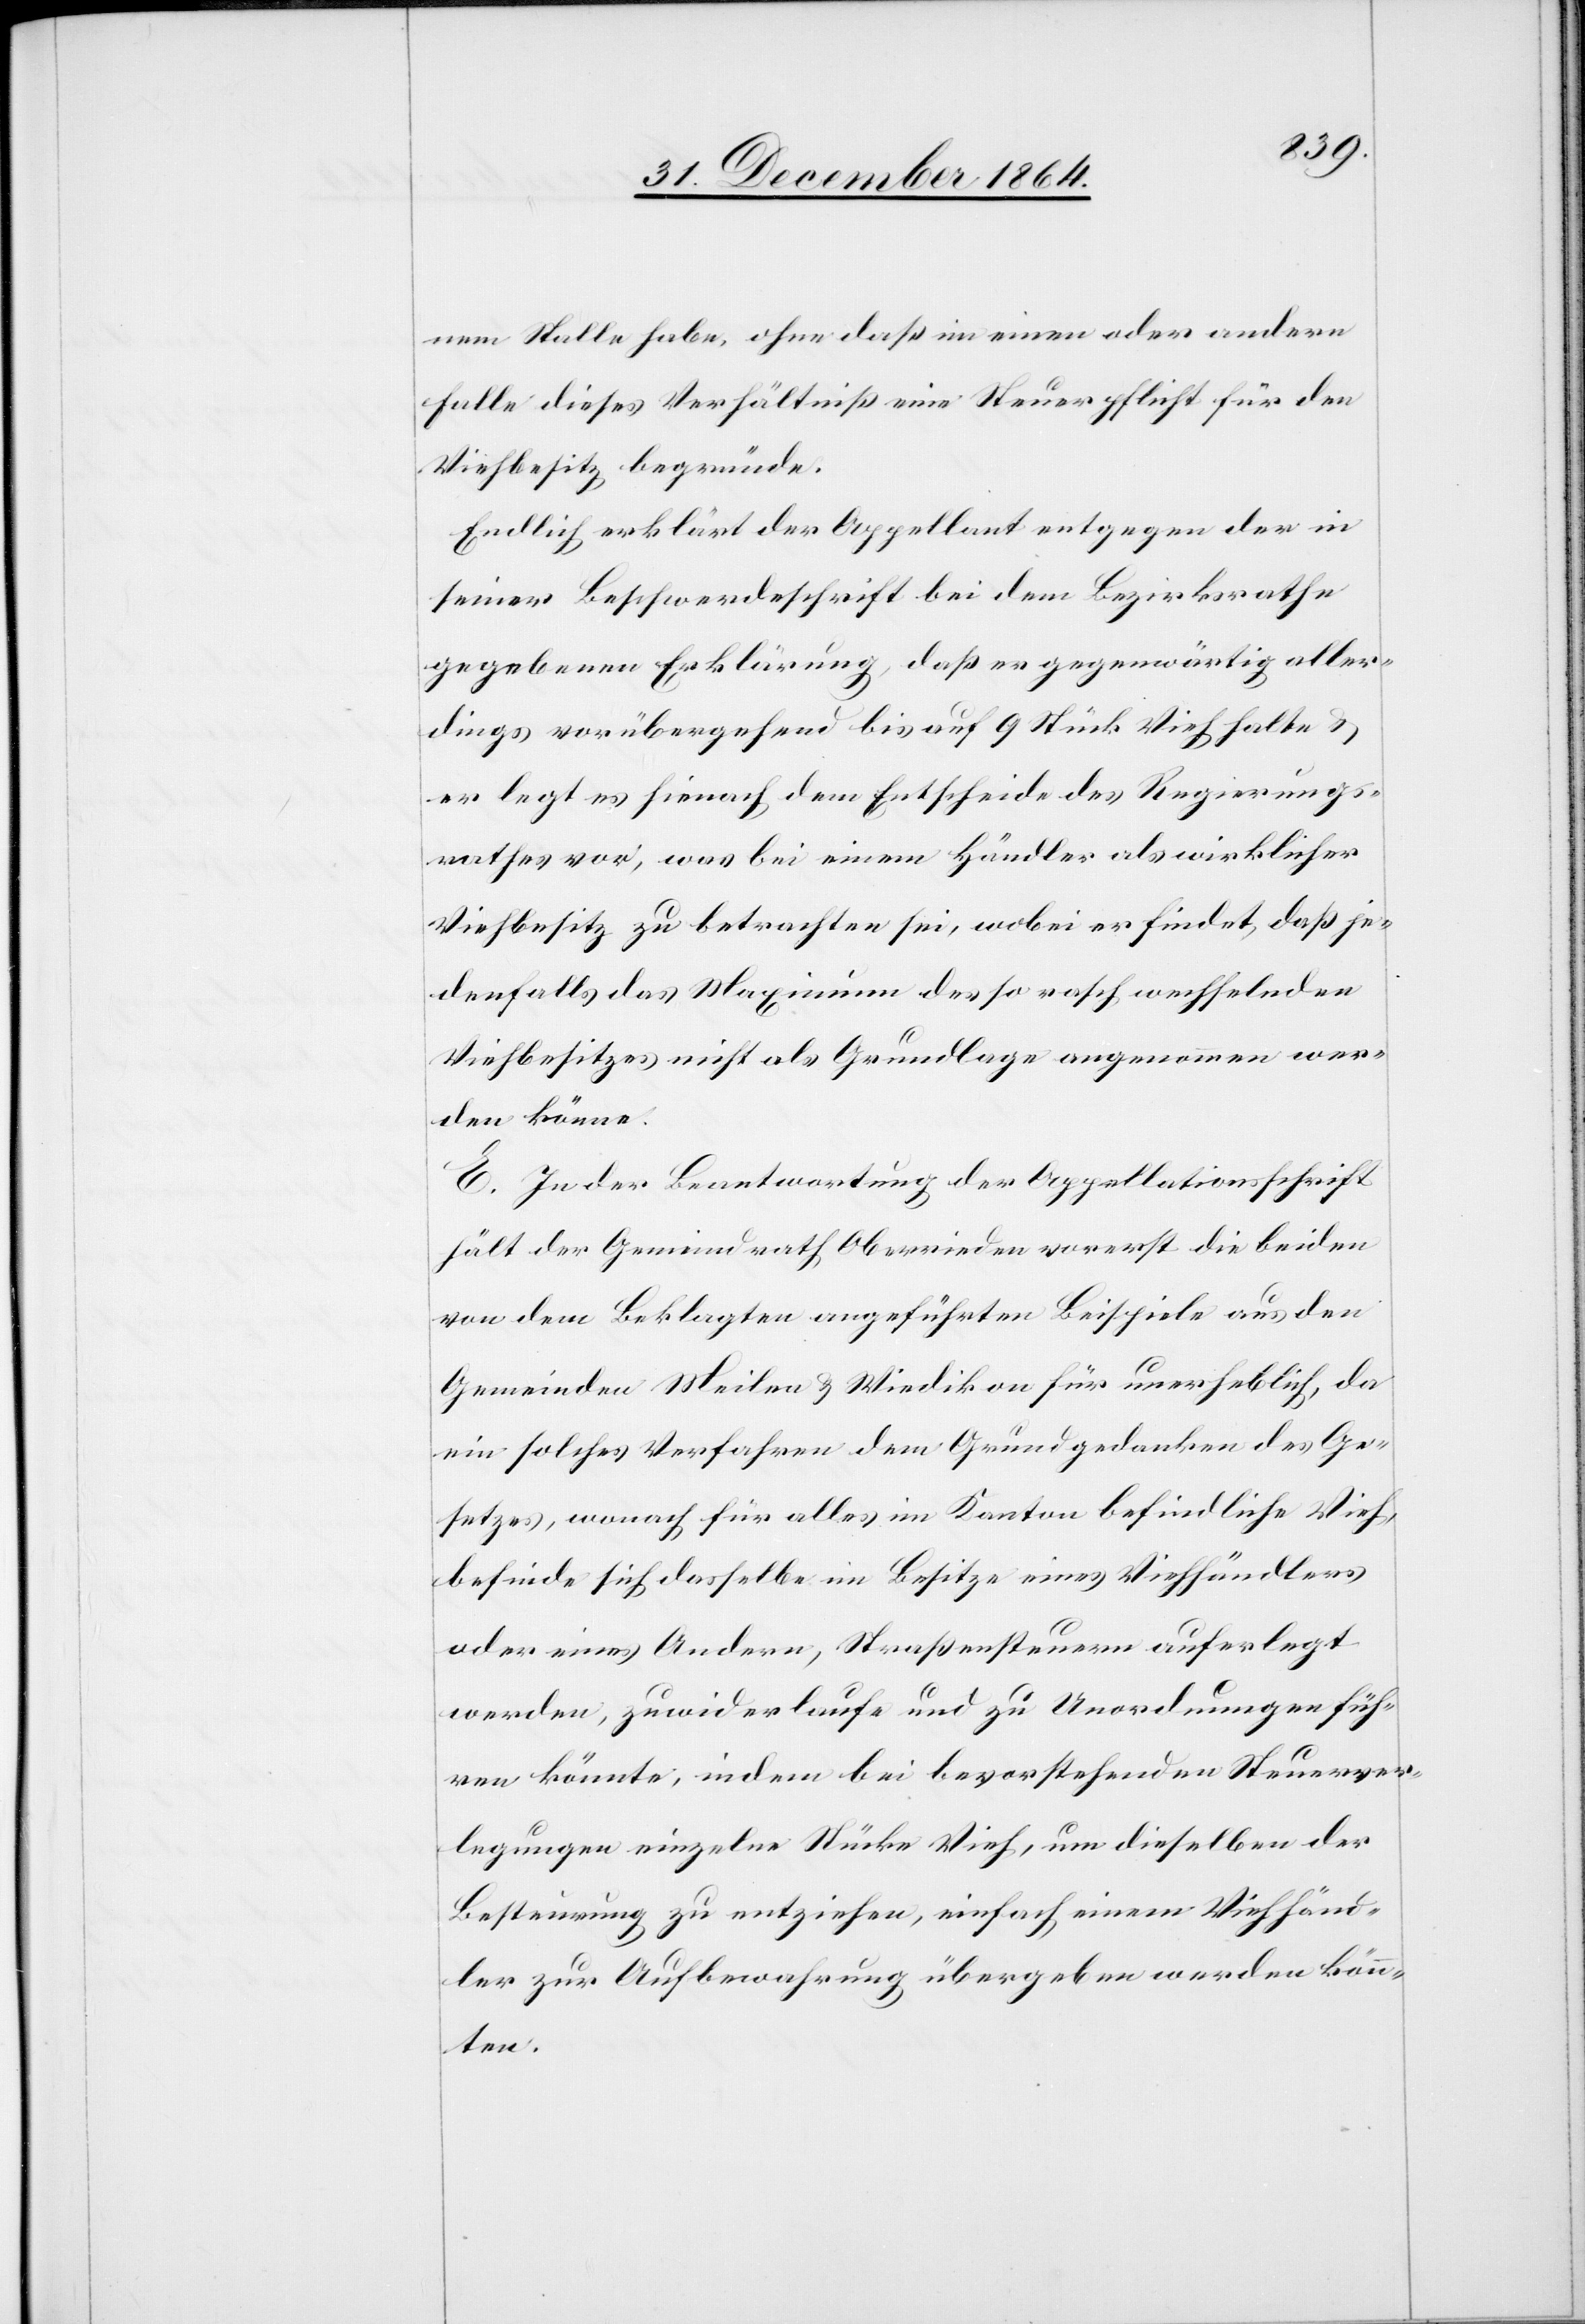
nem Stalle habe, ohne daß im einen oder andern
Falle dieses Verhältniß eine Steuerpflicht für den
Viehbesitz begründe.
Endlich erklärt der Appellant entgegen der in
seiner Beschwerdeschrift bei dem Bezirksrathe
gegebenen Erklärung, daß er gegenwärtig aller¬
dings vorübergehend bies auf 9 Stück Vieh halte &
er legt es hienach dem Entscheide des Regierungs¬
rathes vor, was bei einem Händler als wirklicher
Viehbesitz zu betrachten sei, wobei er findet, daß je¬
denfalls das Maximum des so rasch wechselnden
Viehbesitzes nicht als Grundlage angenommen wer¬
den könne.
E. In der Beantwortung der Appellationsschrift
hält der Gemeindrath Oberrieden vorerst die beiden
von dem Beklagten angeführten Beispiele aus den
Gemeinden Meilen & Wiedikon für unerheblich, da
ein solches Verfahren dem Grundgedanken des Ge¬
setzes, wonach für alles im Kanton befindliche Vieh,
befinde sich dasselbe im Besitze eines Viehhändlers
oder eines Andern, Straßensteuern auferlegt
werden, zuwider laufe und zu Anordnungen füh¬
ren könnte, indem bei bevorstehenden Steuerver¬
legungen einzelne Stücke Vieh, um dieselben der
Besteurung zu entziehen, einfach einem Viehhänd¬
ler zur Aufbewahrung übergeben werden könn¬
ten.